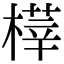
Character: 𣘘